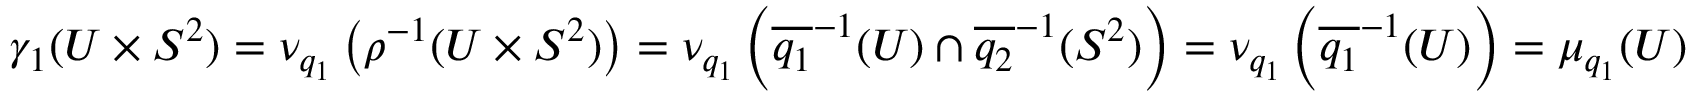
\gamma _ { 1 } ( U \times S ^ { 2 } ) = \nu _ { q _ { 1 } } \left( \rho ^ { - 1 } ( U \times S ^ { 2 } ) \right) = \nu _ { q _ { 1 } } \left( \overline { { { q _ { 1 } } } } ^ { - 1 } ( U ) \cap \overline { { q _ { 2 } } } ^ { - 1 } ( S ^ { 2 } ) \right) = \nu _ { q _ { 1 } } \left( \overline { { { q _ { 1 } } } } ^ { - 1 } ( U ) \right) = \mu _ { q _ { 1 } } ( U )